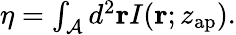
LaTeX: \begin{array}{r}{\eta=\int_{\mathcal{A}}d^{2}\mathbf{r}I(\mathbf{r};z_{\mathrm{ap}}).}\end{array}